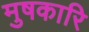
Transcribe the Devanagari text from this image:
मुषकारि